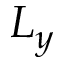
L _ { y }